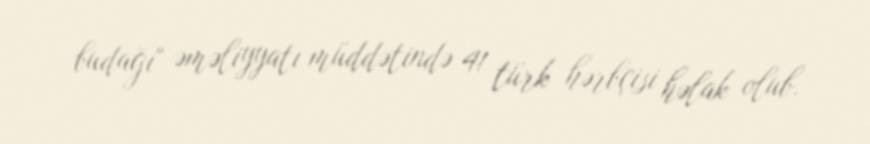
budağı" əməliyyatı müddətində 41 türk hərbçisi həlak olub.